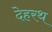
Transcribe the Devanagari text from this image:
देहरथ